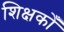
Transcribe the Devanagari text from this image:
शिक्षकोँ